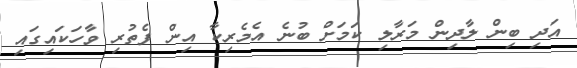
އަދި ބިން ލާދިން މަރާލި ކަމަށް ބުނެ އެމެރިކާ އިން ފެތުރި ވާހަކައިގައި